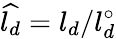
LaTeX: \widehat{l_{d}}=l_{d}/l_{d}^{\circ}